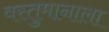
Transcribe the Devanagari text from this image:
वस्तुमानाला